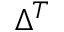
\Delta ^ { T }